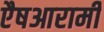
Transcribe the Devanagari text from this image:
एैषआरामी